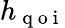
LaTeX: h_{\mathrm{~q~o~i~}}